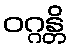
ဝဂ္ဂန္တိ